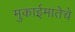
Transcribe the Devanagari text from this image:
मुकाईमातेचे